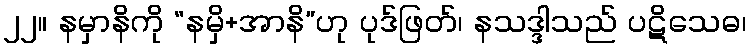
၂၂။ နမှာနိကို “နမှိ+အာနိ”ဟု ပုဒ်ဖြတ်၊ နသဒ္ဒါသည် ပဋိသေဓ၊